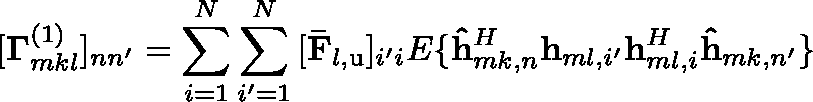
[ \mathbf { \Gamma } _ { m k l } ^ { \left( 1 \right) } ] _ { n n ^ { \prime } } = \sum _ { i = 1 } ^ { N } { \sum _ { i ^ { \prime } = 1 } ^ { N } { [ \mathbf { \bar { F } } _ { l , \mathrm { u } } ] _ { i ^ { \prime } i } \mathbb { E } \{ \mathbf { \hat { h } } _ { m k , n } ^ { H } \mathbf { h } _ { m l , i ^ { \prime } } \mathbf { h } _ { m l , i } ^ { H } \mathbf { \hat { h } } _ { m k , n ^ { \prime } } \} } }